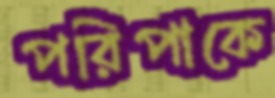
পরিপাকে